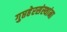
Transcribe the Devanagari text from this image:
गुप्तहेरसंस्थांना